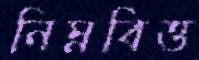
নিম্নবিত্ত